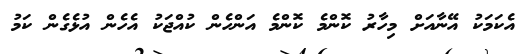
އެކަމަކު އޭނާއަށް މިހާރު ކޮންމެ ކޮންމެ އަންހެން ކުއްޖަކު އެހެން އުޅެގެން ކަމު